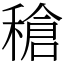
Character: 䅮